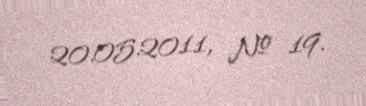
20.05.2011, № 19.